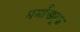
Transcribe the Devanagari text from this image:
मर्माड्यूक